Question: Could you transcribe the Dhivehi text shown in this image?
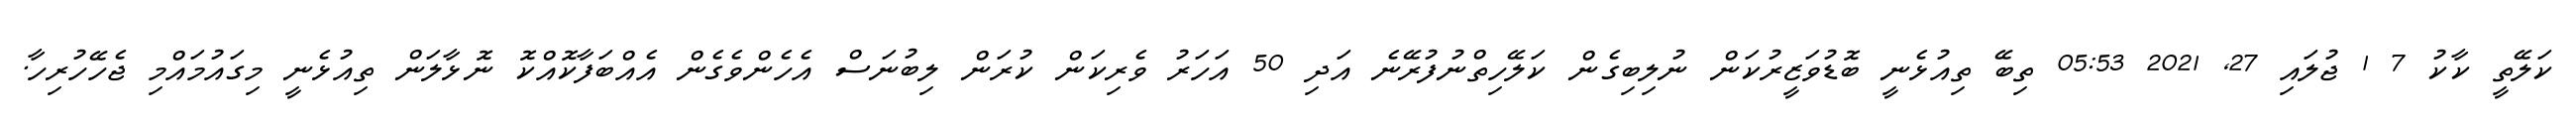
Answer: ކަލޭތީ ކާކު 7 1 ޖުލައި 27, 2021 05:53 ތިބޭ ތިއުޅެނީ ބޮޑުވަޒީރުކަން ނުލިބިގެން ކަލޭހިތްނުފުރޭނެ އަދި 50 އަހަރު ވެރިކަން ކުރަން ލިބުނަސް އެހެންވެގެން އެއްބަފާކޮއްކޮ ނޮޅާލަން ތިއުޅެނީ މިގައުމައްމި ޖެހޭހުރިހާ.